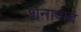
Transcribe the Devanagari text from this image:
शनावाद